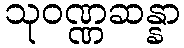
သုဝဏ္ဏဆန္နာ